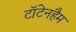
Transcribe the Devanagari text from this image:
टॉटेनहैम